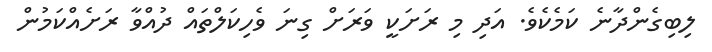
ލިބިގެންދާނެ ކަމެކެވެ. އަދި މި ރަށަކީ ވަރަށް ގިނަ ވެހިކަލްތައް ދުއްވާ ރަށެއްކަމުން